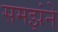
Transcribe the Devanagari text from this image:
समझंने